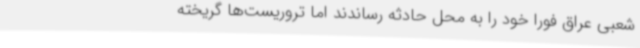
شعبی عراق فورا خود را به محل حادثه رساندند اما تروریست‌ها گریخته